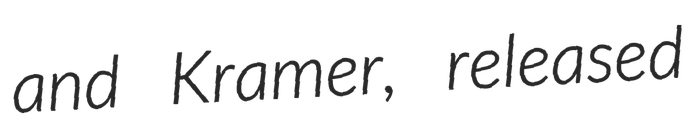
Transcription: and Kramer, released